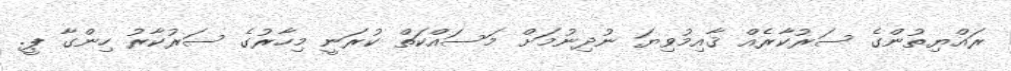
ރައްޔިތުންގެ ސަރުކާރެއް ޤާއިމުވިޔަ ނުދިނުމަށް މަސައްކަތް ކުރަނީ މިހާރުގެ ސަރުކާރު ހިންގާ ޕީ.